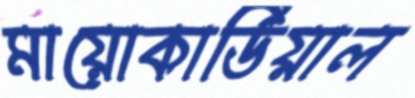
মায়োকার্ডিয়াল